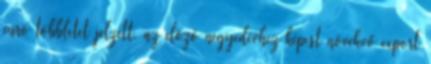
euró többletet jelzett, az előző negyedévhez képest növekvő export